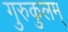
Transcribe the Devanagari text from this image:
गुरुकुलम्